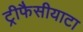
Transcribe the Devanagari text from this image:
ट्रीफैसीयाटा